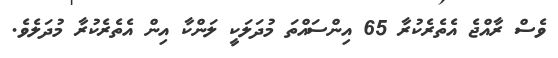
ވެސް ރާއްޖެ އެތެރެކުރާ 65 އިންސައްތަ މުދަލަކީ ލަންކާ އިން އެތެރެކުރާ މުދަލެވެ.